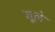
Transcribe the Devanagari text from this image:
गूले